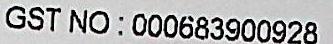
GST NO: 000683900928